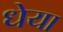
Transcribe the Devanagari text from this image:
धेया